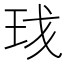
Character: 𬍗